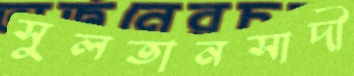
সুলতানসাদী